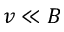
v \ll B